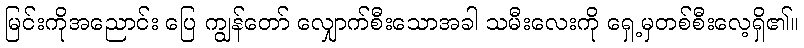
မြင်းကိုအညောင်း ပြေ ကျွန်တော် လျှောက်စီးသောအခါ သမီးလေးကို ရှေ့မှတစ်စီးလေ့ရှိ၏။